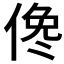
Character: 𠋂